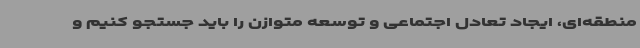
منطقه‌ای، ایجاد تعادل اجتماعی و توسعه متوازن را باید جستجو کنیم و